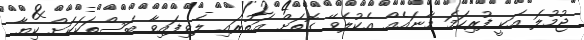
ޖުމުލަ އަކީ ފުރިހަމަ މާނައެއް އެކުލެވޭ ގޮތަށް އަތުރައި ލެވިފައިވާ ބަސްތަކަކަށް ކިޔާ